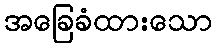
အခြေခံထားသော